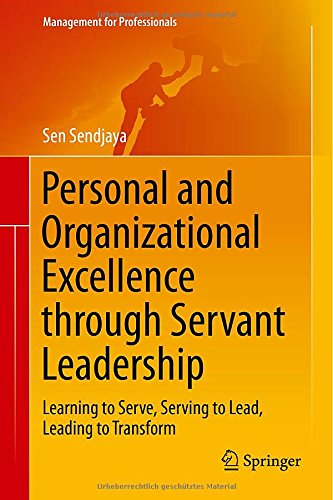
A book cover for Personal and Organizational Excellence through Servant Leadership: Learning to Serve, Serving to Lead, Leading to Transform (Management for Professionals); Sen Sendjaya; Health, Fitness & Dieting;